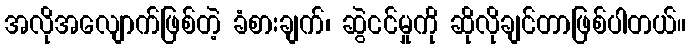
အလိုအလျောက်ဖြစ်တဲ့ ခံစားချက်၊ ဆွဲငင်မှုကို ဆိုလိုချင်တာဖြစ်ပါတယ်။